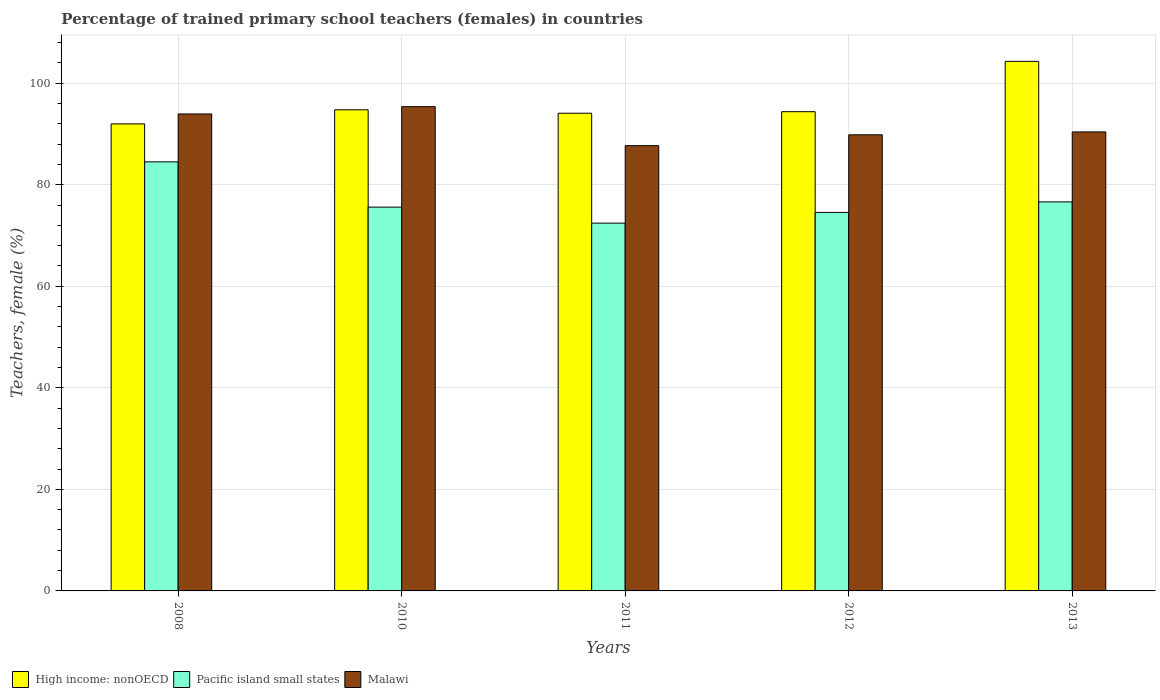
| Years | High income: nonOECD | Pacific island small states | Malawi |
 | --- | --- | --- | --- |
 | 2008 | 92 | 84.5 | 93.9 |
 | 2010 | 94.8 | 75.6 | 95.4 |
 | 2011 | 94.1 | 72.4 | 87.7 |
 | 2012 | 94.4 | 74.6 | 89.8 |
 | 2013 | 104 | 76.6 | 90.4 |